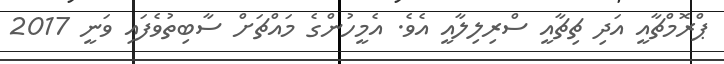
ޕްރޮމްޗާއީ އަދި ޗިޗާއީ ސްރިލިލާއީ އެވެ. އެމީހުންގެ މައްޗަށް ސާބިތުވެފައި ވަނީ 2017